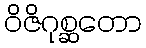
ဝိဇိဂုစ္ဆတော